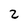
Character: 2